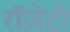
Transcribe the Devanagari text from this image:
रॉज़ेटी